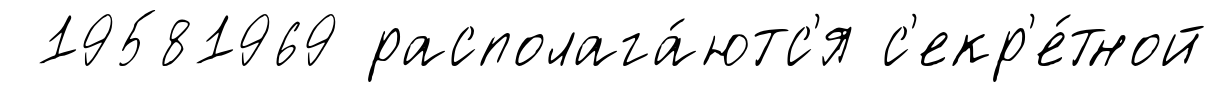
19581969 располага́ютс'я с'екр'е́тной